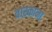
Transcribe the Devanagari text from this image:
वास्काना